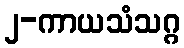
၂-ကာယသံသဂ္ဂ